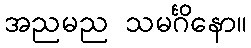
အညမည သမင်္ဂိနော။